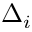
\Delta _ { i }